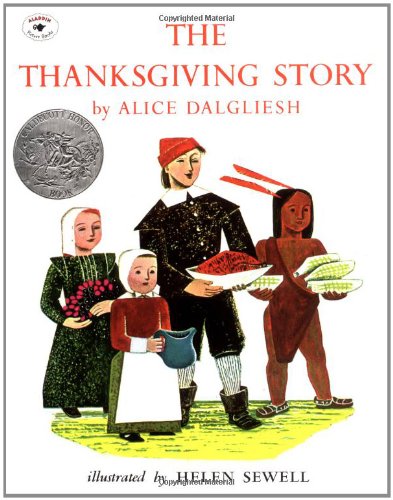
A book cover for The Thanksgiving Story; Alice Dalgliesh; Children's Books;